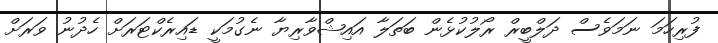
ފުރިހަމަ ނަމަވެސް ދަލްބީރް ރޯލުކުޅެން ބަތަލާ އައިޝްވާރިޔާ ނެގުމަކީ ޑައިރެކްޓަރަށް ހެދުނު ވަރަށް